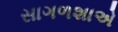
સાગળશાએ